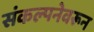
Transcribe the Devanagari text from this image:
संकल्पनेवरून